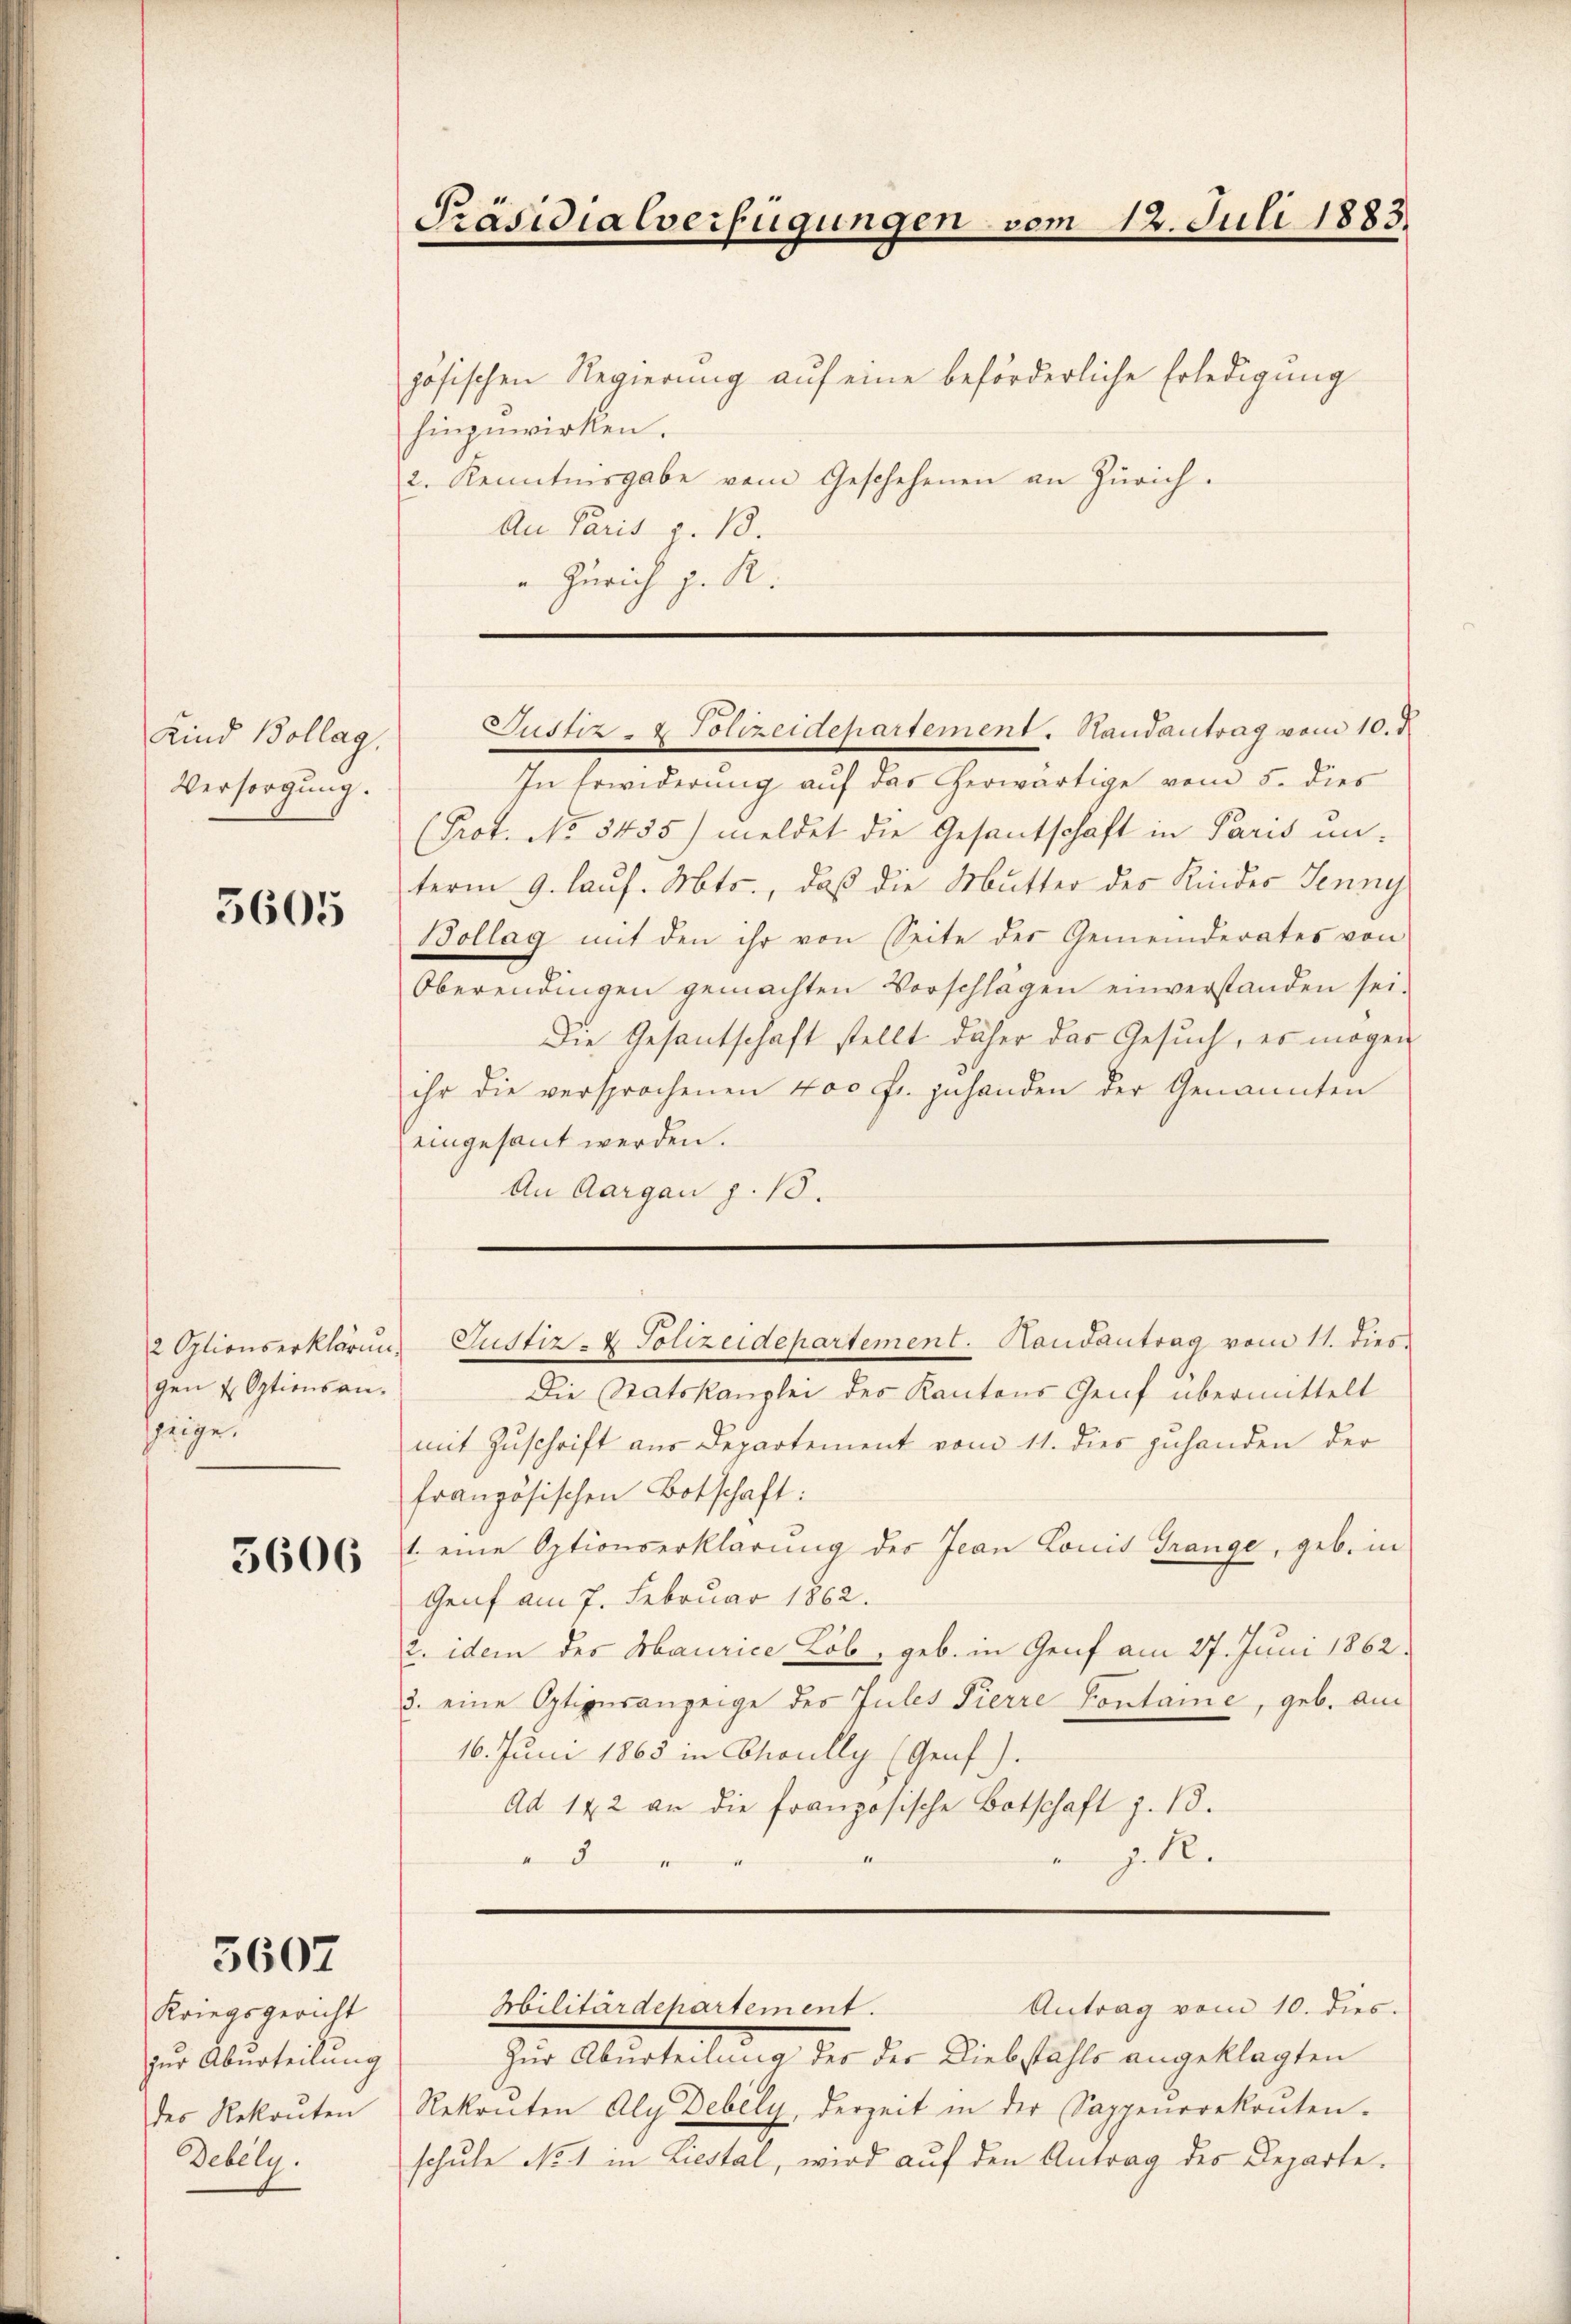
Kind Bollag,
Versorgung.

5605

gen & Optionsanseige.

3606

5607

Kriegsgericht
zur Aburteilung
des Rekruten
Debely.

zösischen Regierung auf eine beförderliche Erledigung
hinzuwirken.
2. Kenntnisgabe vom Geschehenen an Zürich.
An Paris p. 13.
 Zürich z. R.

In Erwiderung auf das herwärtige vom 5. dies
(Prot. No. 5455) meldet die Gesantschaft in Paris un-
term 9. lauf. Mts., daß die Mutter der Kindes Jenny
Bollag mit den ihr von Seite der Gemeinderates von
Oberendingen gemachten Vorschlägen einverstanden sei.
Die Gesantschaft stellt daher das Gesuch, er mögen
ihr die versprochenen 400 fr. zuhanden der Genannten
eingesant werden.
An Aargau p. 18.

Präsidialverfügungen vom 12. Juli 1883

Justiz- & Polizeidepartement. Randantrag vom 10. d.

2 Optionserklärung Gustiz- & Polizeidepartement. Handantrag vom 11. dies
Die Statskanzlei des Kantons Genf übermittelt
mit Zuschrift aus Departement vom 11. dies zuhanden der
französischen Botschaft:
1. eine Optionserklärung der Jean Lonis Trange, geb. in
Genf am 7. Februar 1862.
2. idem des Abaurice Lob, geb. in Genf am 27. Juni 1862:
3. eine Optionsanzeige der Jules Pierre Contane, geb. am
16. Juni 1865 in Choully (Genf).
Ad 142 an die französische Botschaft z. 13.
A
e J. R.

Militärdepartement.

Antrag vom 10. dies
Zur Aburteilung des der Diebstahls angeklagten
Rekruten Aly Debely, derzeit in der Sappeŭrrekoŭten-
schule No 1 in Liestal, wird auf den Antrag des Departe